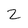
Character: 2